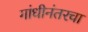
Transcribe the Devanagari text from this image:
गांधीनंतरचा